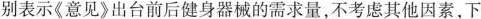
别表示《意见》出台前后健身器械的需求量，不考虑其他因素，下